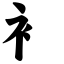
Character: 衤